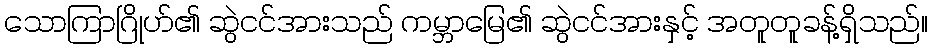
သောကြာဂြိုဟ်၏ ဆွဲငင်အားသည် ကမ္ဘာမြေ၏ ဆွဲငင်အားနှင့် အတူတူခန့်ရှိသည်။